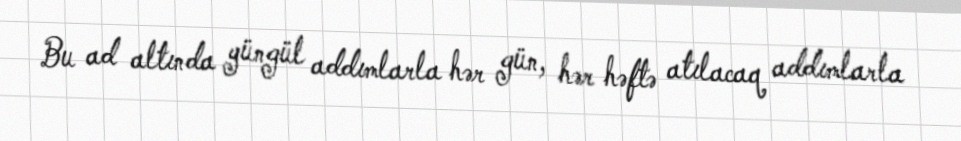
Bu ad altında yüngül addımlarla hər gün, hər həftə atılacaq addımlarla